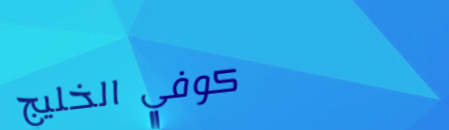
كوفي الخليج